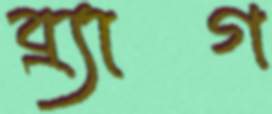
ব্র্যাগ